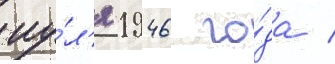
иу́л'я 1946 го́да /